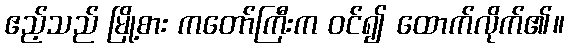
ဧည့်သည် မြို့စား ကတော်ကြီးက ဝင်၍ ထောက်လိုက်၏။